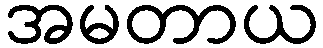
အမတာယ